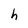
Character: h